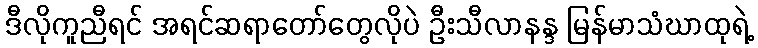
ဒီလိုကူညီရင် အရင်ဆရာတော်တွေလိုပဲ ဦးသီလာနန္ဒ မြန်မာသံဃာထုရဲ့